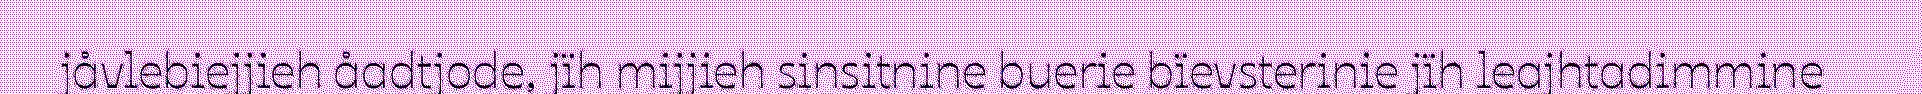
jåvlebiejjieh åadtjode, jïh mijjieh sinsitnine buerie bïevsterinie jïh leajhtadimmine